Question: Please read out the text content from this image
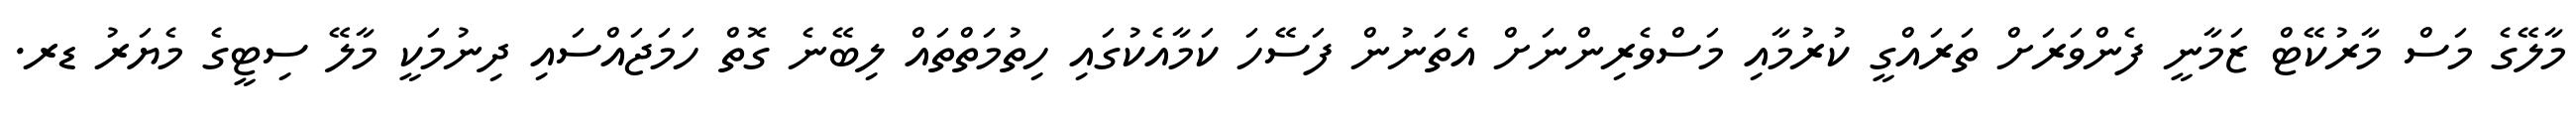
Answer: މާލޭގެ މަސް މާރުކޭޓް ޒަމާނީ ފެންވަރަށް ތަރައްގީ ކުރުމާއި މަސްވެރިންނަށް އެތަނުން ފަސޭހަ ކަމާއެކުގައި ހިތުމަތްތައް ލިބޭނެ ގޮތް ހަމަޖައްސައި ދިނުމަކީ މާލޭ ސިޓީގެ މެޔަރު ޑރ.